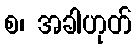
စ၊ အခါဟုတ်